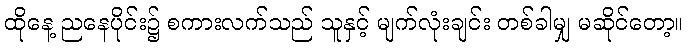
ထိုနေ့ ညနေပိုင်း၌ စကားလက်သည် သူနှင့် မျက်လုံးချင်း တစ်ခါမျှ မဆိုင်တော့။